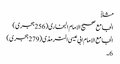
مثلاً
الجامع صحیح الامام البخاری (256 ہجری)
الجامع الامام ابی عیسی الترمذی (279 ہجری)
6۔